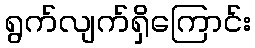
ရွက်လျက်ရှိကြောင်း